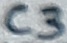
Text: C3